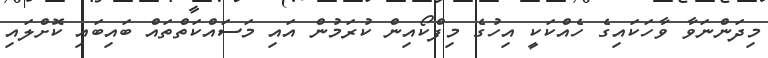
މިދަންނަވާ ވާހަކައިގެ ހެއްކަކީ އިހުގެ މިފްކޯއިން ކުރަމުން އައި މަސައްކަތްތައް ބައިބައި ކޮށްލައި